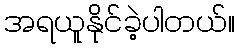
အရယူနိုင်ခဲ့ပါတယ်။